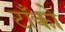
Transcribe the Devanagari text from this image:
टाँको